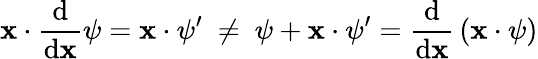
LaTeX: \mathbf{x}\cdot{\frac{{\mathrm{{d}}}}{{\mathrm{{d}}\mathbf{x}}}}\psi=\mathbf{x}\cdot\psi^{\prime}\ \neq\ \psi+\mathbf{x}\cdot\psi^{\prime}={\frac{{\mathrm{{d}}}}{{\mathrm{{d}}\mathbf{x}}}}\left(\mathbf{x}\cdot\psi\right)